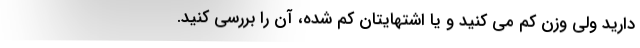
دارید ولی وزن کم می کنید و یا اشتهایتان کم شده، آن را بررسی کنید.